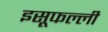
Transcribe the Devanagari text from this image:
इसूफल्ली